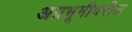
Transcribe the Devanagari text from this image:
अग्रभूमीवरील